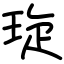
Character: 琁